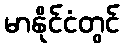
မာနိုင်ငံတွင်